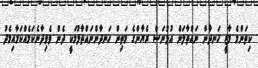
ކިތަންމެ މާޒީ ހަނދާން ނައްތާލަން އުޅުނަސް ރެޔާންގެ މަތިން ހަނދާންނައްތާލުމަކީ ދެން ވެވިދާނެކަމެއްކަމާއިމެދު